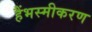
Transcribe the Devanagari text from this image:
हैंभस्मीकरण